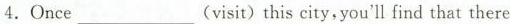
4 .Once___(visit)this city, you'll ind that there